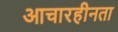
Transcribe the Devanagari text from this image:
आचारहीनता